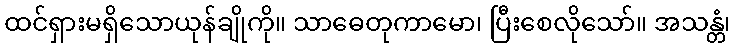
ထင်ရှားမရှိသောယုန်ချိုကို။ သာဓေတုကာမော၊ ပြီးစေလိုသော်။ အသန္တံ၊